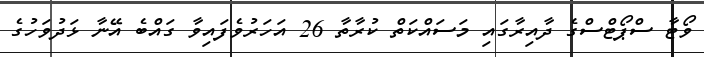
ވޯޓާ ސްޕޯޓްސްގެ ދާއިރާގައި މަސައްކަތް ކުރާތާ 26 އަހަރުވެފައިވާ ގައްބެ އޭނާ ޅަދުވަހުގެ